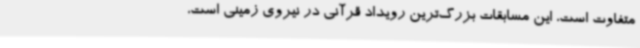
متفاوت است، این مسابقات بزرگ‌ترین رویداد قرآنی در نیروی زمینی است،